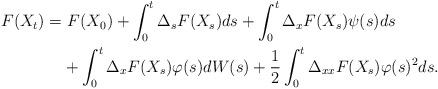
LaTeX: \begin{align*} F(X_{t})=&\ F(X_{0})+\int_0^t \Delta_{s}F(X_{s}) ds+\int_0^t \Delta_{x}F(X_{s}) \psi(s) ds \\ & + \int_0^t \Delta_{x}F(X_{s})\varphi(s) dW(s) +\frac{1}{2}\int_0^t \Delta_{xx}F(X_{s})\varphi(s)^{2} ds. \end{align*}